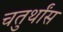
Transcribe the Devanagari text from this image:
चतुर्थांस